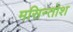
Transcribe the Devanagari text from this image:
मसिन्तोश